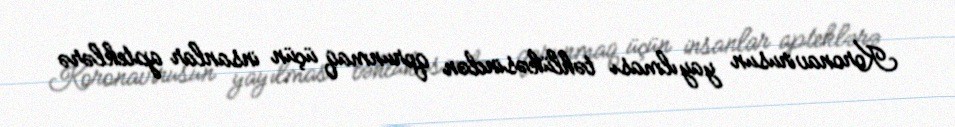
Koronavirusun yayılması təhlükəsindən qorunmaq üçün insanlar apteklərə